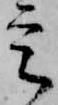
定